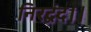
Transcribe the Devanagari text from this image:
निरद्वंद।।